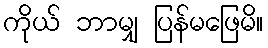
ကိုယ် ဘာမျှ ပြန်မဖြေမိ။